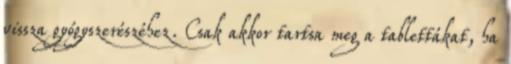
vissza gyógyszerészéhez. Csak akkor tartsa meg a tablettákat, ha